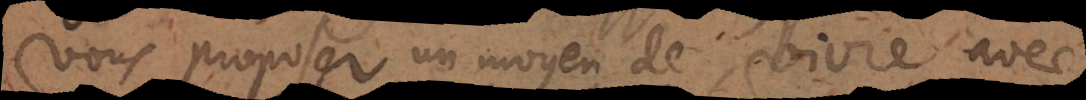
vous proposer un moyen de vivre avec